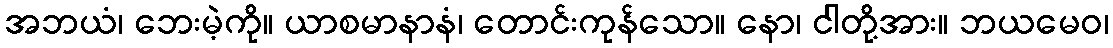
အဘယံ၊ ဘေးမဲ့ကို။ ယာစမာနာနံ၊ တောင်းကုန်သော။ နော၊ ငါတို့အား။ ဘယမေဝ၊